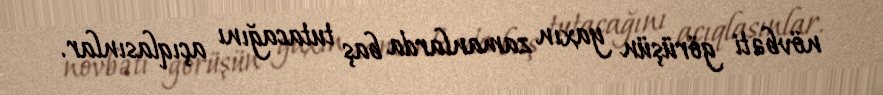
növbəti görüşün yaxın zamanlarda baş tutacağını açıqlasınlar.